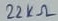
Text: 22KΩ